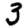
Digit: 3